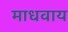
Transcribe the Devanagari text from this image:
माधवाय